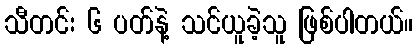
သီတင်း ၆ ပတ်နဲ့ သင်ယူခဲ့သူ ဖြစ်ပါတယ်။